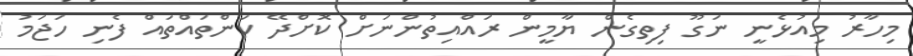
މިހާރު މިއުޅެނީ ނަގޫ ފިތިގެން ޔާމީން ރައްއިތުންނަށް ކޮށްދޭ ކަންތައްތައް ފެނި ހަޖަމު